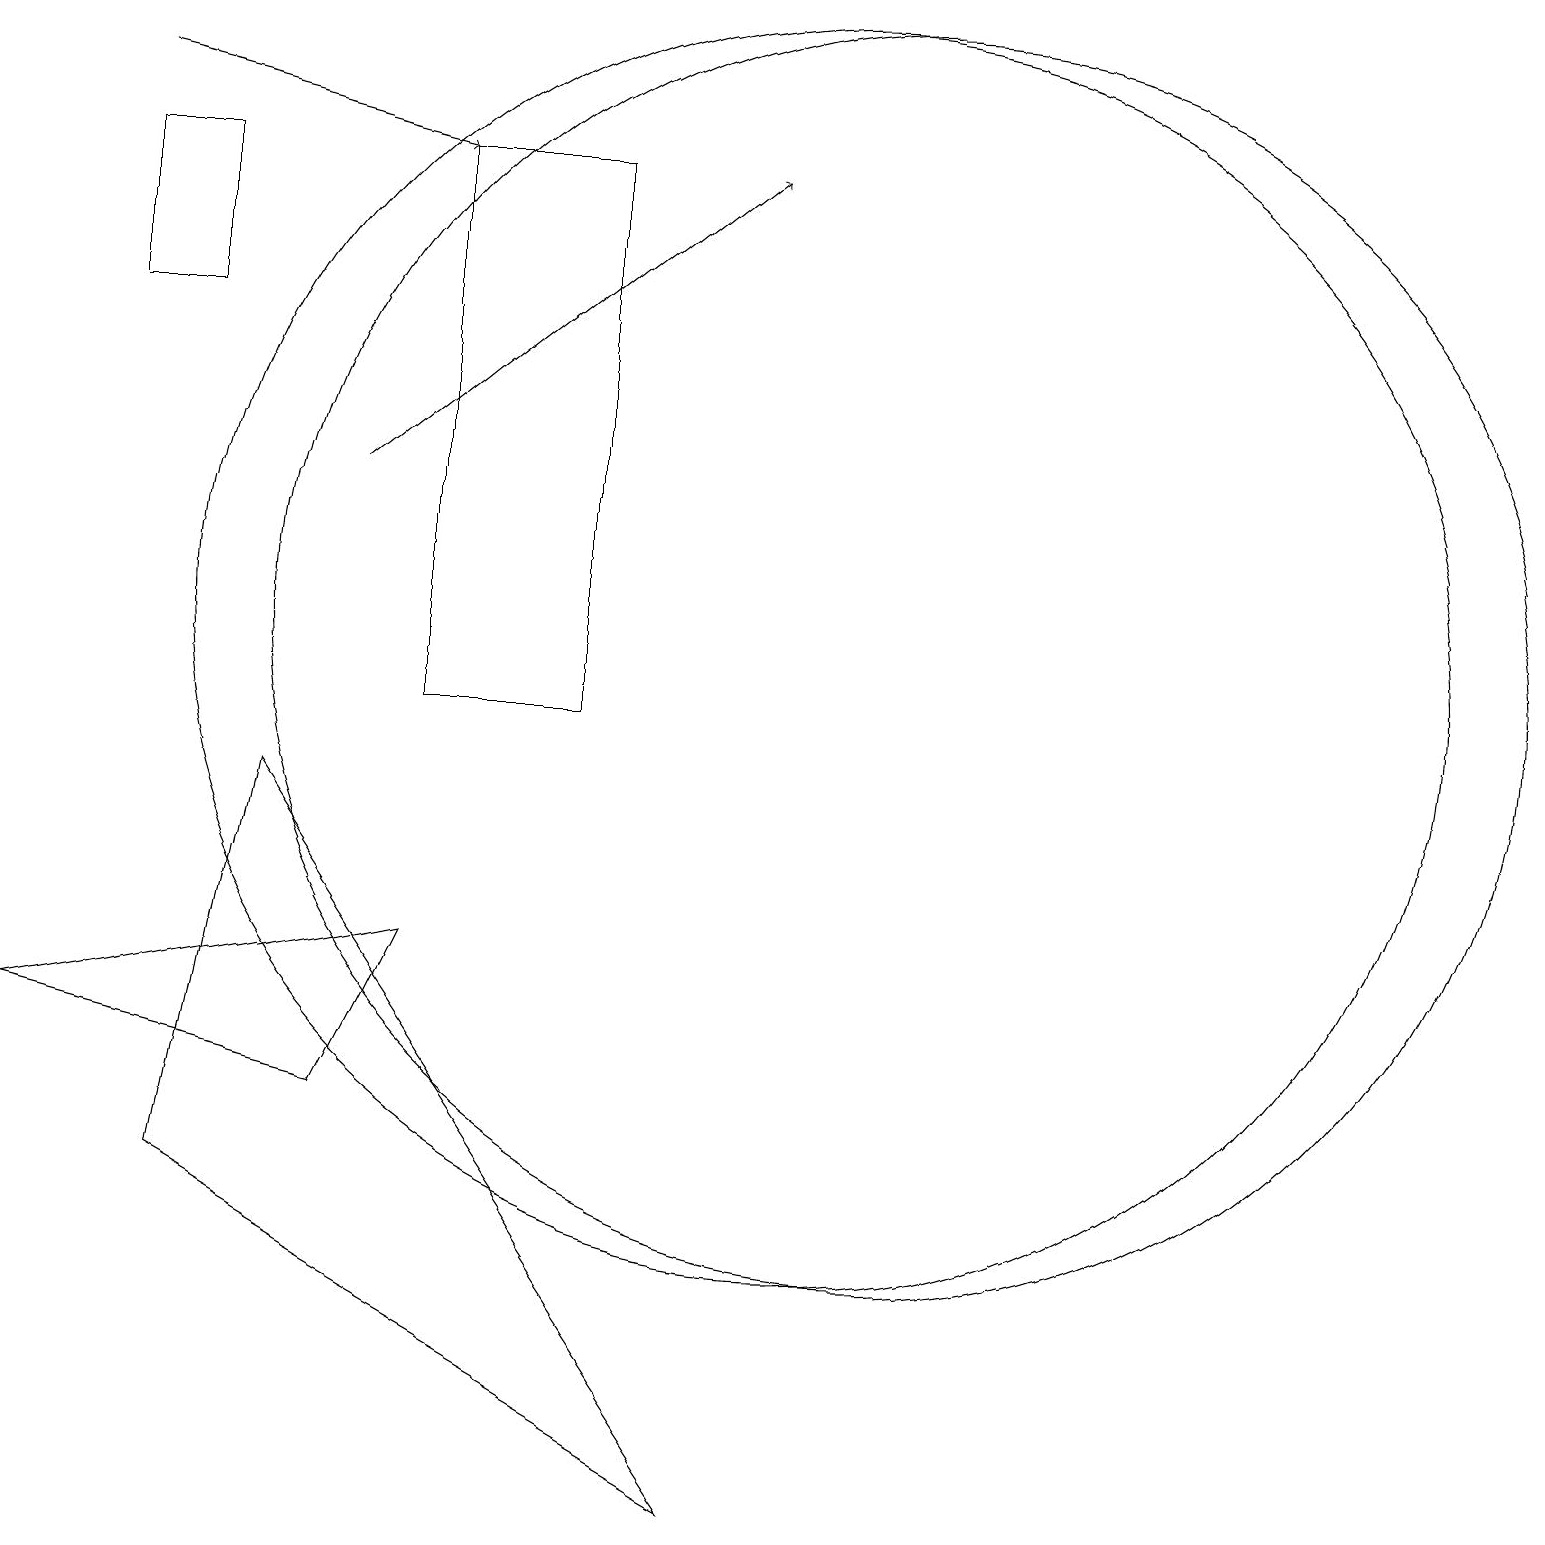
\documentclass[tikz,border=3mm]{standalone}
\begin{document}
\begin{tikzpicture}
\draw (7,10) rectangle (5,17);
\draw (3,9) -- (2,4) -- (9,0) -- cycle;
\draw (5,7) -- (4,5) -- (0,6) -- cycle;
\draw (2,17) rectangle (1,15);
\draw (10,11) circle (8);
\draw[->] (4,13) -- (9,17);
\draw (11,11) circle (8);
\draw[->] (1,18) -- (5,17);
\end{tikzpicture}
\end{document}